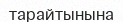
тарайтынына